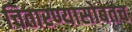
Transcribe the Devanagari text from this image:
चितारण्यासोबतच